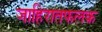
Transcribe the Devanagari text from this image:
जाहिरातफलक